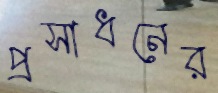
প্রসাধনের